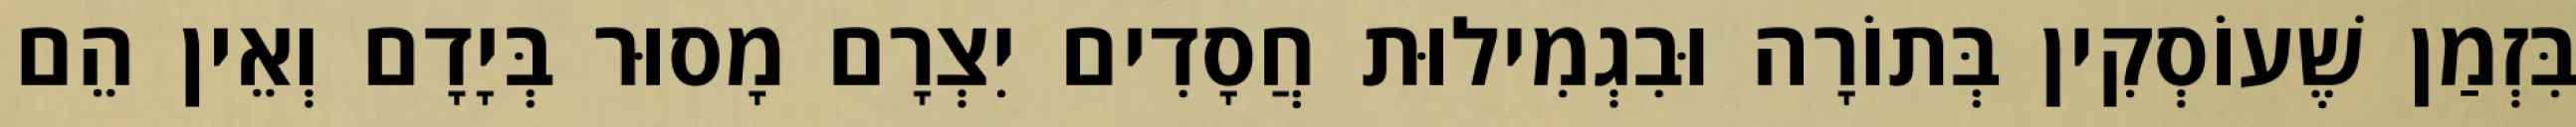
בִּזְמַן שֶׁעוֹסְקִין בְּתוֹרָה וּבִגְמִילוּת חֲסָדִים יִצְרָם מָסוּר בְּיָדָם וְאֵין הֵם